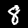
Label: 8